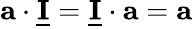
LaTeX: {\mathbf a\cdot\underline{{\mathbf I}}=\underline{{\mathbf I}}\cdot\mathbf a=\mathbf a}